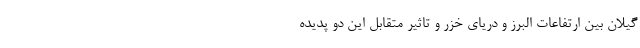
گیلان بین ارتفاعات البرز و دریای خزر و تاثیر متقابل این دو پدیده